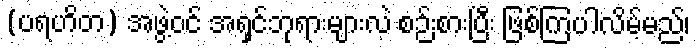
(ပရဟိတ) အဖွဲ့ဝင် အရှင်ဘုရားများလဲ စဉ်းစားပြီး ဖြစ်ကြပါလိမ့်မည်၊